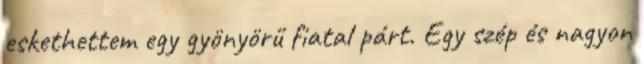
eskethettem egy gyönyörű fiatal párt. Egy szép és nagyon